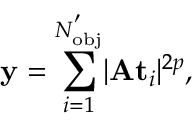
\mathbf { y } = \sum _ { i = 1 } ^ { N _ { \mathrm { { o b j } } } ^ { ' } } \lvert \mathbf { A } \mathbf { t } _ { i } \rvert ^ { 2 p } ,